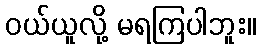
ဝယ်ယူလို့ မရကြပါဘူး။